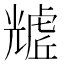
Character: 𧇲